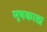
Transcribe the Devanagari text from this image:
मूषकाद्य